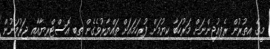
މީގެ އިތުރުން ރެފިއުޖީންނަށް މަރުހަބާ ކިޔުމަށް ފުރިހަމައަށް ތައްޔާރުވެގެން ތިބި އޮސްޓްރިޔާއާއި ޖަރުމަނުން